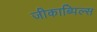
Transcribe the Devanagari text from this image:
जीकाब्पिल्स